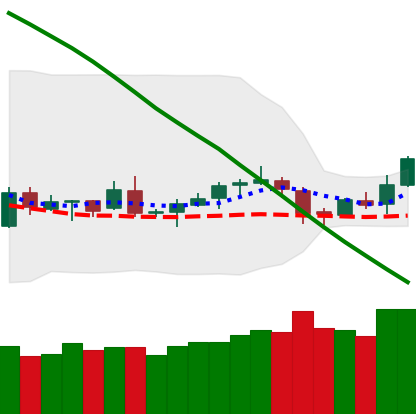
Ticker: LTC-USD
Chart end date: 2019-02-02
Forward return: -3.409%
Label: down_3_5